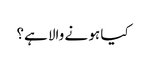
کیا ہو نے والا ہے؟